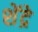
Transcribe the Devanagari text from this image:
शेंद्रे